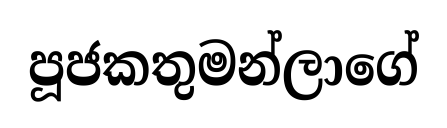
පූජකතුමන්ලාගේ